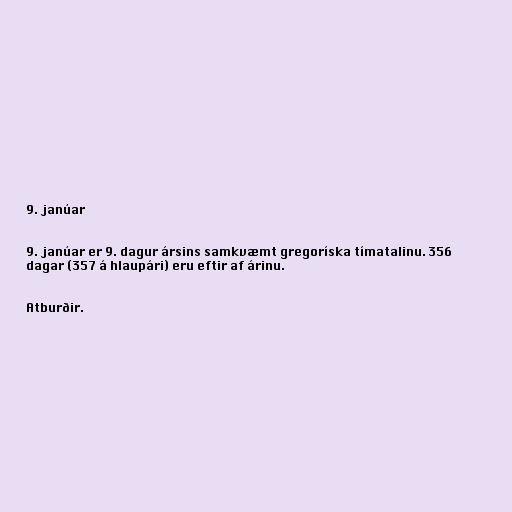
9. janúar

9. janúar er 9. dagur ársins samkvæmt gregoríska tímatalinu. 356
dagar (357 á hlaupári) eru eftir af árinu.

Atburðir.